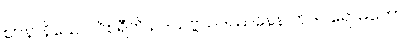
ဈာနာနိယေဝ ဝိစရီတိ ဥဒယဗ္ဗယဒဿနေန တဒဝရောဓတော